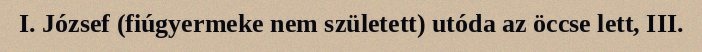
I. József (fiúgyermeke nem született) utóda az öccse lett, III.